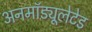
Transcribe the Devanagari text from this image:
अनमॉड्यूलेटेड